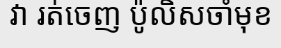
វា រត់ចេញ ប៉ូលិសចាំមុខ